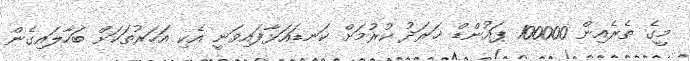
މީގެ ތެރެއިން 100000 ޕައުންޑް ޚަރަދު ކުރުމަށް ކަނޑައަޅާފައިވަނީ އެކި އަހަރުތަކަށް ބަހާލައިގެން